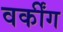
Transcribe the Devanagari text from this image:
वर्कींग